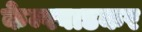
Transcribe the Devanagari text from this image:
केम्पवाडकर